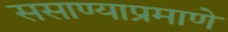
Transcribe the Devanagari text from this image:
ससाण्याप्रमाणे